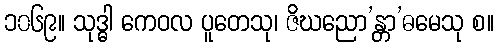
၁၀၆၉။ သုဒ္ဓါ ကေဝလ ပူတေသု၊ ဇိဃညော’န္တာ’ဓမေသု စ။